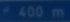
400m